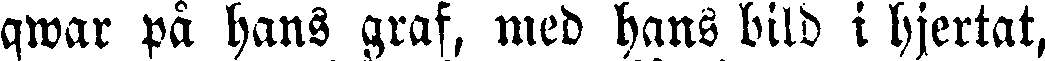
qwar på hans graf, med hans bild i hjertat,